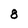
Character: 8